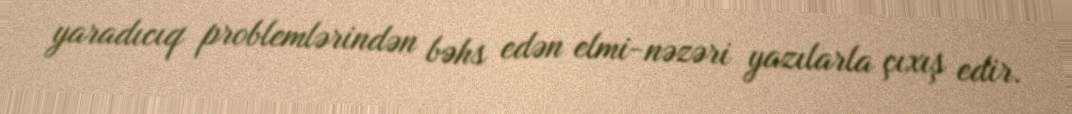
yaradıcıq problemlərindən bəhs edən elmi-nəzəri yazılarla çıxış edir.